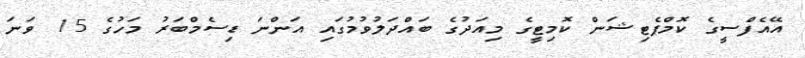
އޭއެފްސީގެ ކޮމްޕެޓިޝަން ކޮމިޓީގެ މިއަދުގެ ބައްދަލުވުމުގައި އަންނަ ޑިސެމްބަރު މަހުގެ 15 ވަނަ